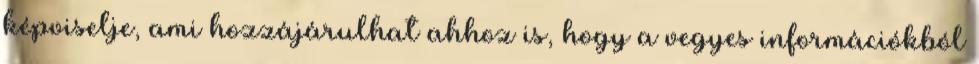
képviselje, ami hozzájárulhat ahhoz is, hogy a vegyes információkból